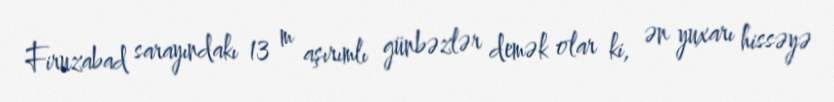
Firuzabad sarayındakı 13 m aşırımlı günbəzlər demək olar ki, ən yuxarı hissəyə